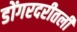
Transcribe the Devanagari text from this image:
डोंगरदरीतली